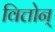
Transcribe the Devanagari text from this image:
वित्तोन्